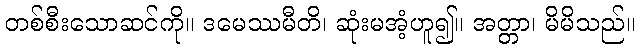
တစ်စီးသောဆင်ကို။ ဒမေဿမီတိ၊ ဆုံးမအံ့ဟူ၍။ အတ္တာ၊ မိမိသည်။